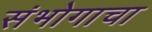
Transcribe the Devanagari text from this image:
संभोगाचा